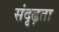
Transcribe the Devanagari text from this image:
संदृढ़ता